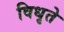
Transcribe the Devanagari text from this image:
विधृते